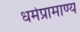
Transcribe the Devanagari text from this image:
धर्मप्रामाण्य